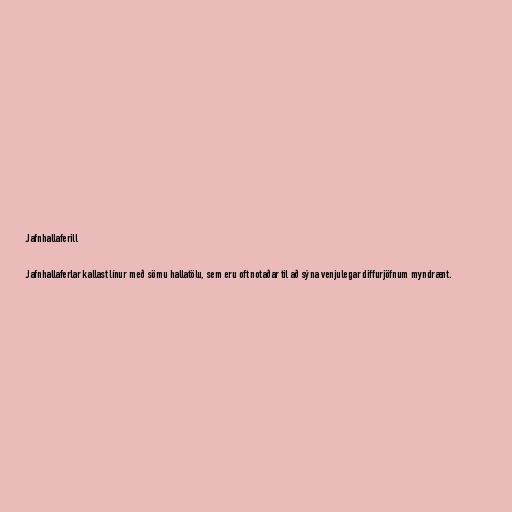
Jafnhallaferill

Jafnhallaferlar kallast línur með sömu hallatölu, sem eru oft notaðar til að sýna venjulegar diffurjöfnum myndrænt.